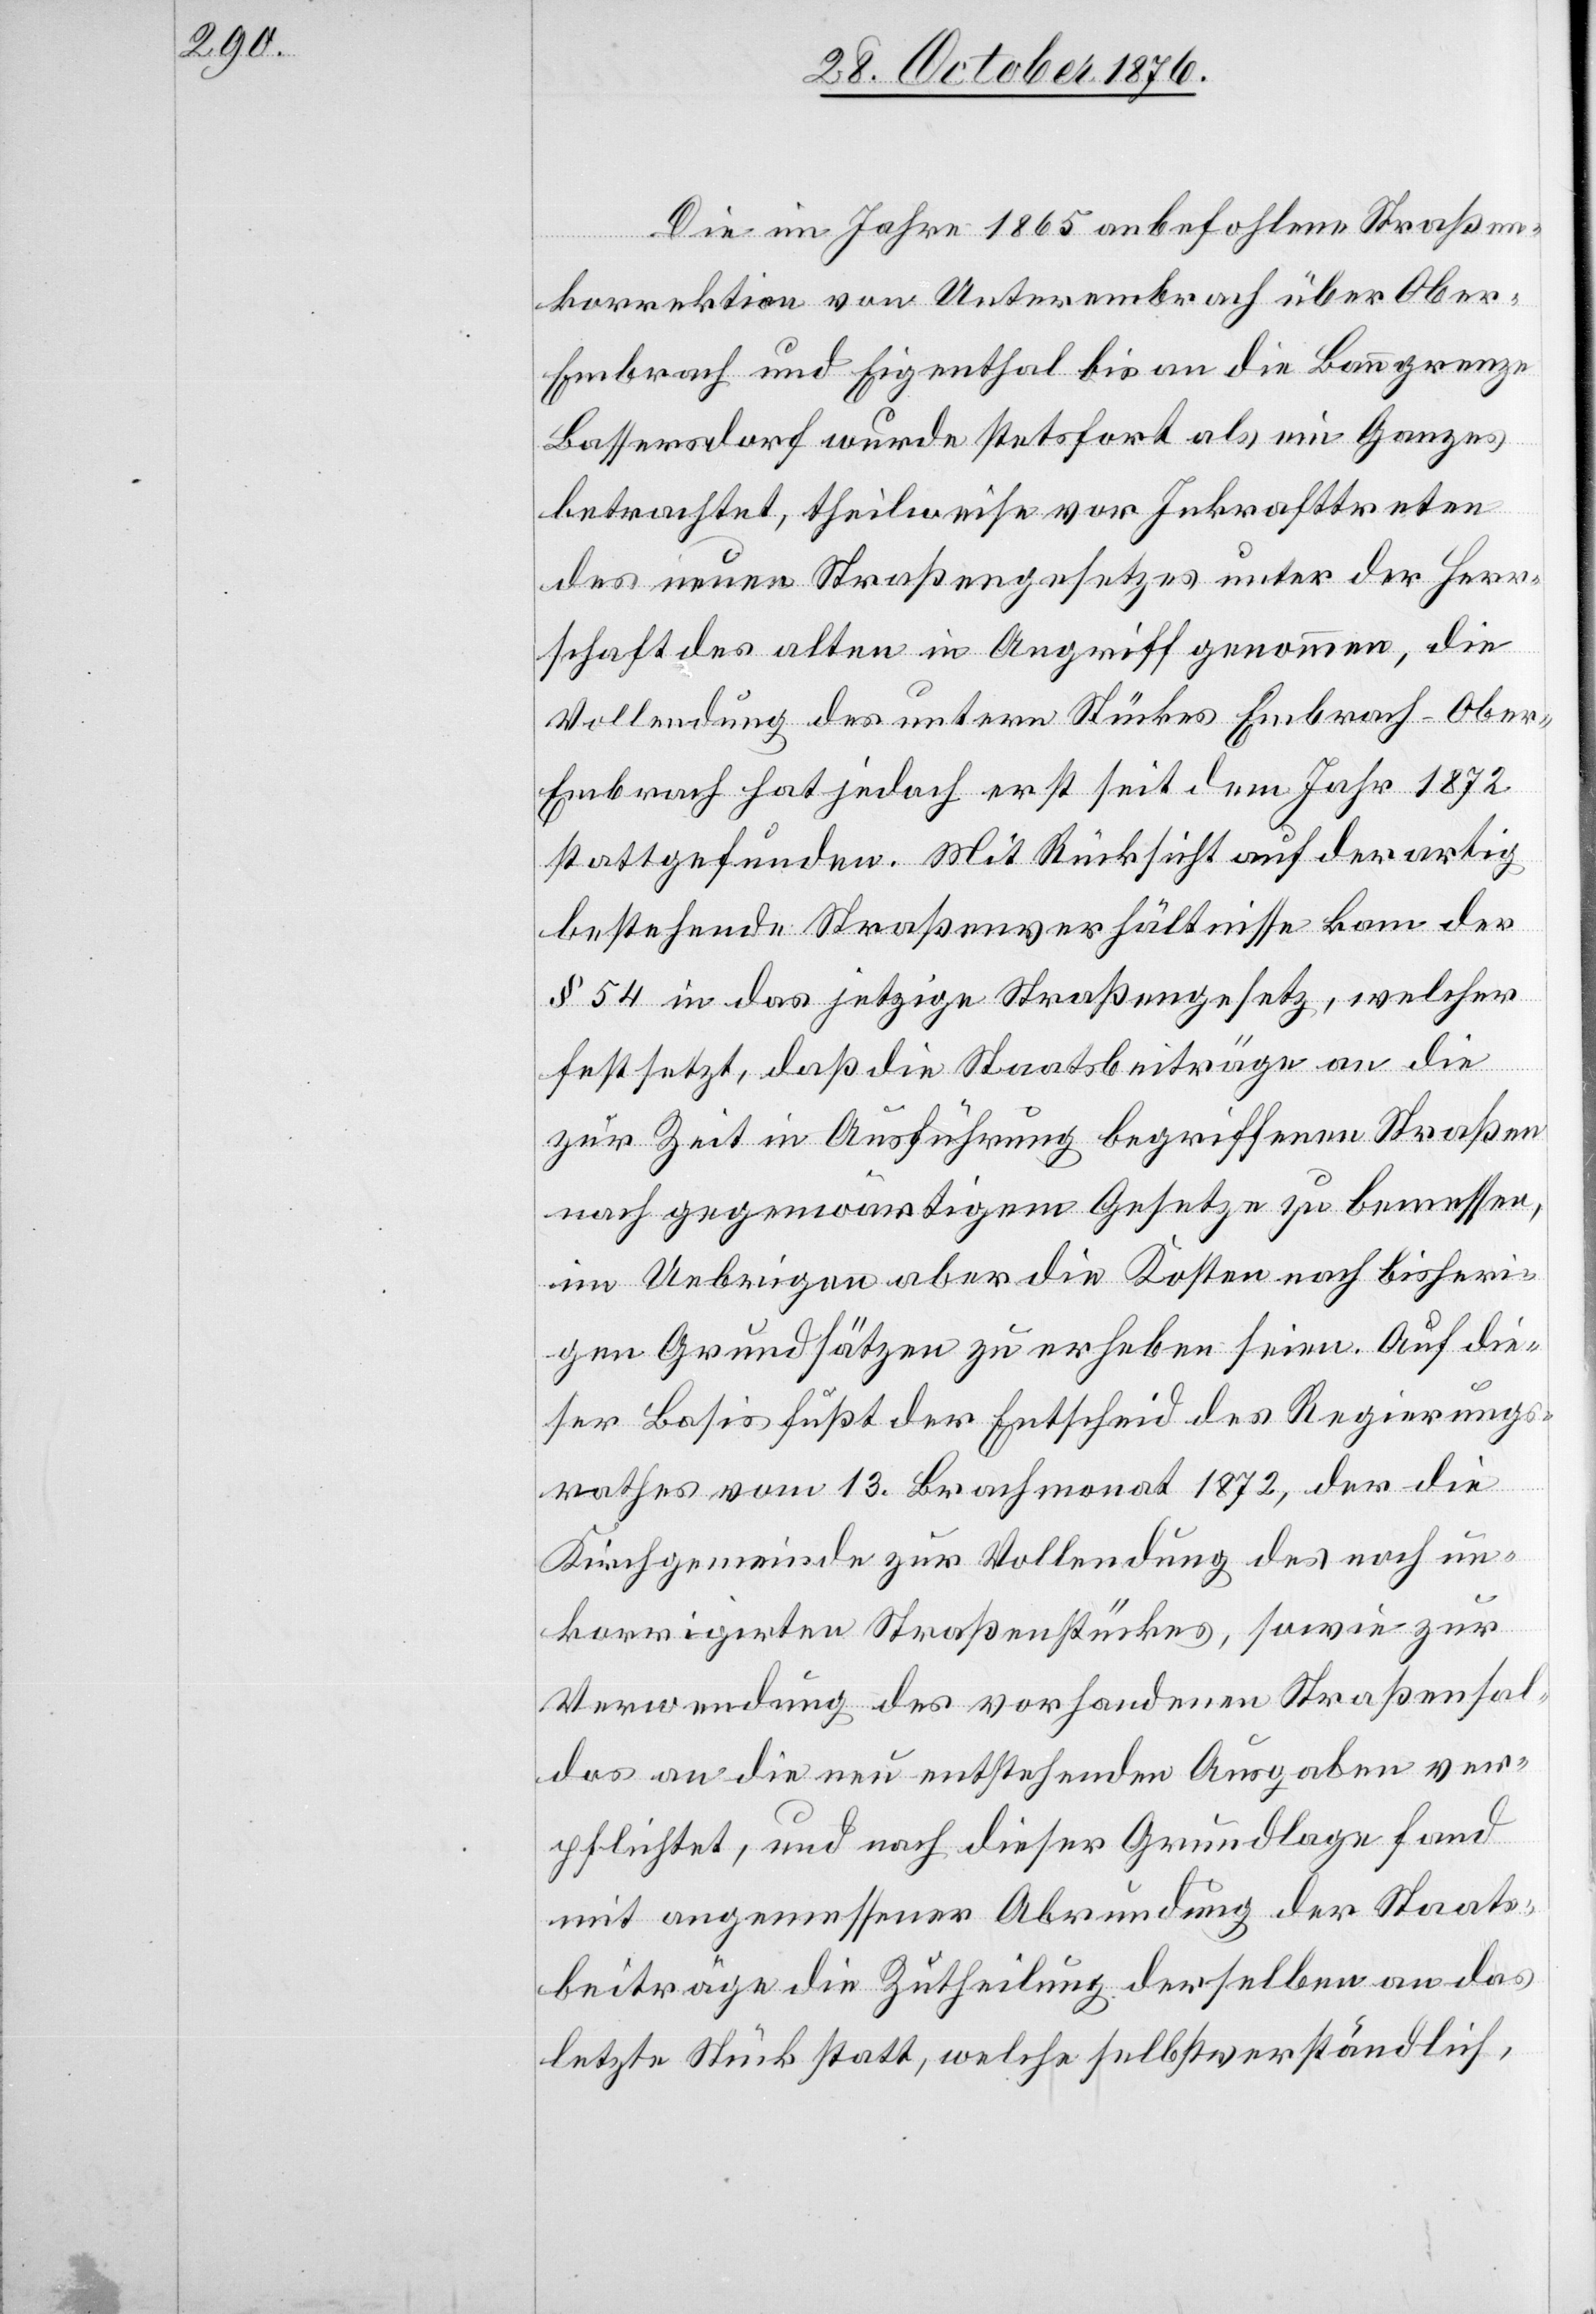
Die im Jahre 1865 anbefohlene Straßen¬
korrektion von Unterembrach über Obe¬
r-Embrach und Fischenthal bis an die Baugrenze
Bassersdorf wurde stetsfort als ein Ganzes
betrachtet, theilweise vor Inkrafttreten
des neuern Straßengesetzes unter der Herr¬
schaft des alten in Angriff genommen, die
Vollendung des untern Stückes Embrach–Obe¬
r-Embrach hat jedoch erst seit dem Jahr 1872
stattgefunden. Mit Rücksicht auf derartig
bestehende Straßenverhältnisse kam
§ 54 in das jetzige Straßengesetz, welcher
festsetzt, daß die Staatsbeiträge an die
zur Zeit in Ausführung begriffenen Straßen
nach gegenwärtigem Gesetze zu bemessen,
im Uebrigen aber die Kosten nach bisheri¬
gen Grundsätzen zu erheben seien. Auf die¬
ser Basis fußt der Entscheid des Regierungs¬
rathes vom 13. Brachmonat 1872, der die
Kirchgemeinde zur Vollendung des noch un¬
korrigirten Straßenstückes, sowie zur
Verwendung des vorhandenen Straßensal¬
dos an die neu entstehenden Ausgaben ver¬
pflichtet, und nach dieser Grundlage fand
mit angemessener Abrundung der Staats¬
beiträge die Zutheilung derselben an das
letzte Stück statt, welche selbstverständlich,